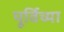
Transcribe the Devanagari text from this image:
पूर्विच्या